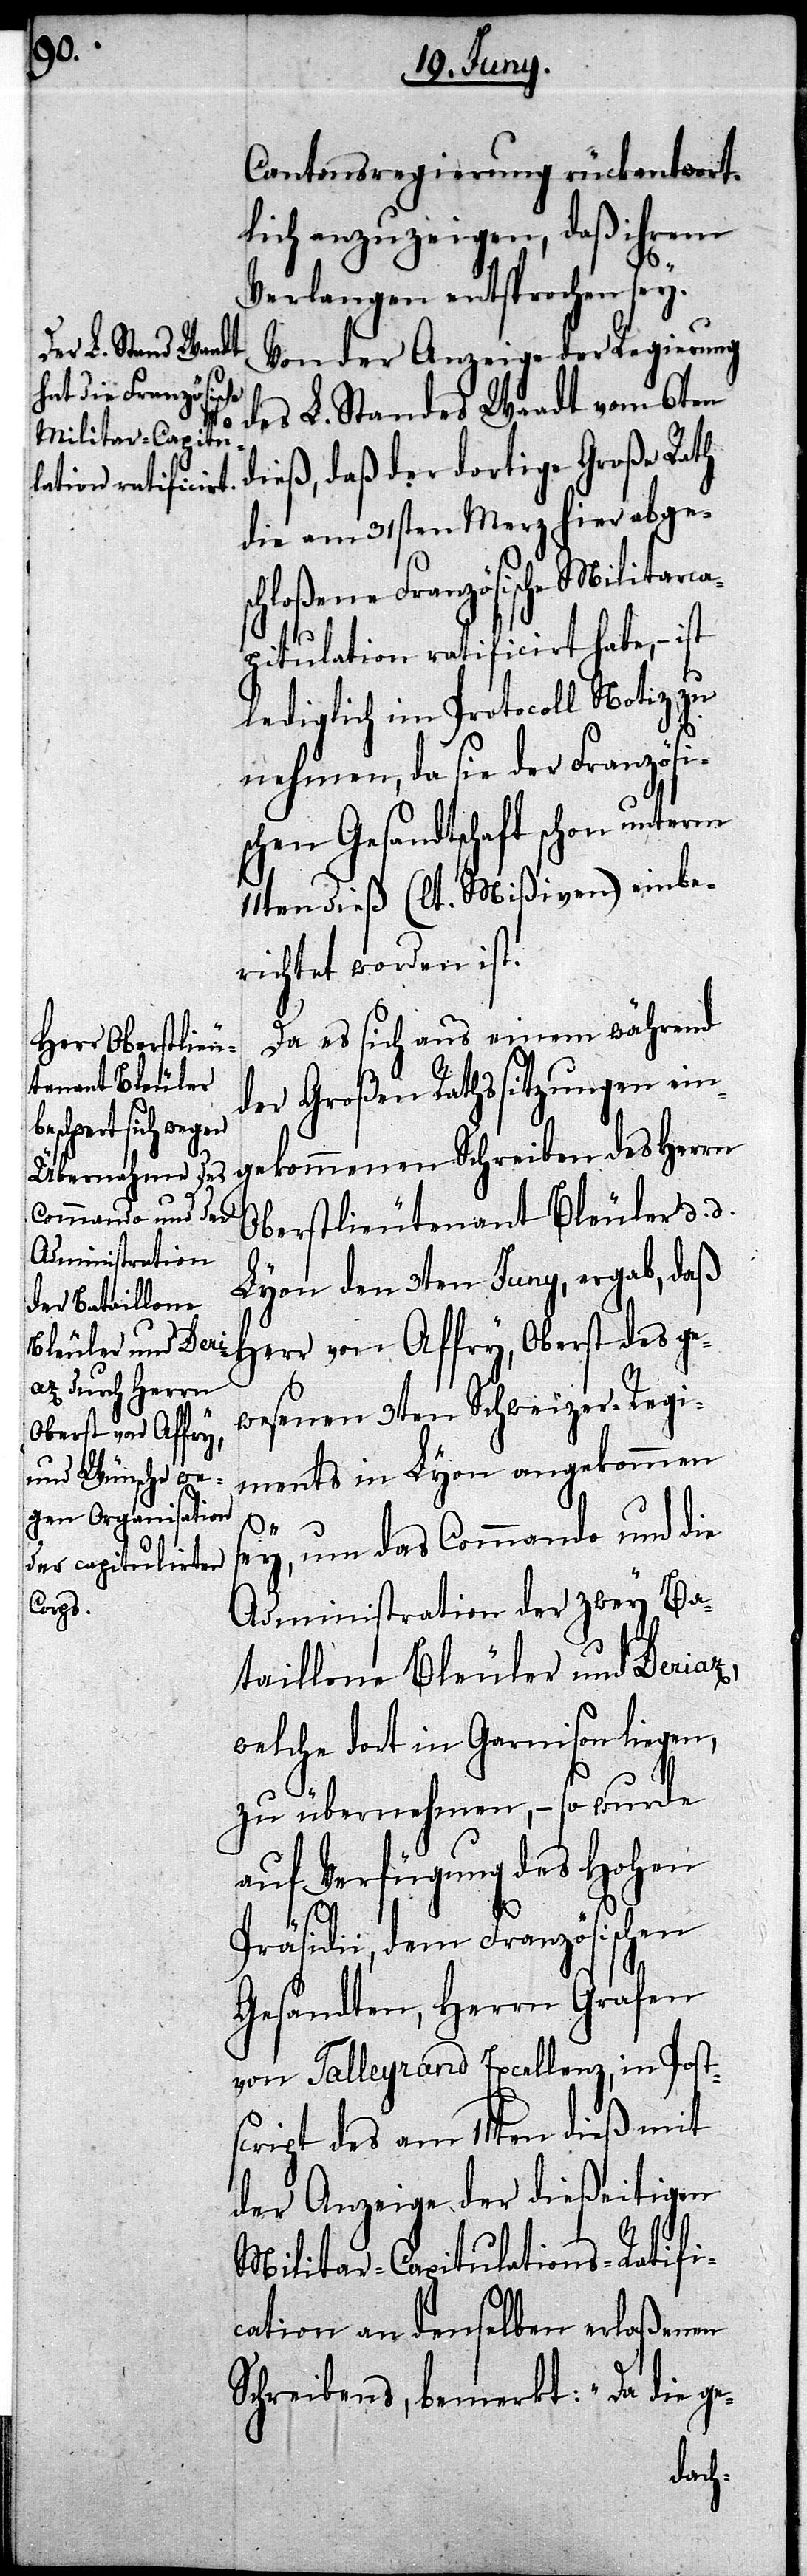
Cantonsregierung rückantwort¬
lich anzuzeigen, daß ihrem
Verlangen entsprochen sey.
Von der Anzeige der Regierung
des L. Standes Waadt vom 6ten
daß der dortige Große Rath
die am 31sten Merz hier abges¬
chloßene Französische Militarca¬
pitulation ratificirt habe, – ist
lediglich im Protocoll Notiz zu
nehmen, da sie der Französis¬
chen Gesandtschaft schon unterm
11ten dieß (lt. Mißiven) einbe¬
richtet worden ist.
Da es sich aus einem während
der Großen Rathssitzungen ein¬
gekommenen Schreiben des Herrn
Oberstlieutenant Bleuler d. d.
Lyon den 3ten Juny, ergab, daß
Herr von Affry, Oberst des ge¬
wesenen 3ten Schweizer-Regi¬
ments in Lyon angekommen
sey, um das Commando und die
Administration der zwey Ba¬
taillone Bleuler und Deriaz,
welche dort in Garnison liegen,
zu übernehmen, – so wurde
auf Verfügung des Hohen
Präsidii, dem Französischen
Gesandten, Herrn Grafen
von Taillerand Excellenz, in Post¬
script des am 11ten dieß mit
der Anzeige der dießeitigen
Militar-Capitulations-Ratifi¬
cation an denselben erlaßenen
Schreibens, bemerkt: „Da die ge-